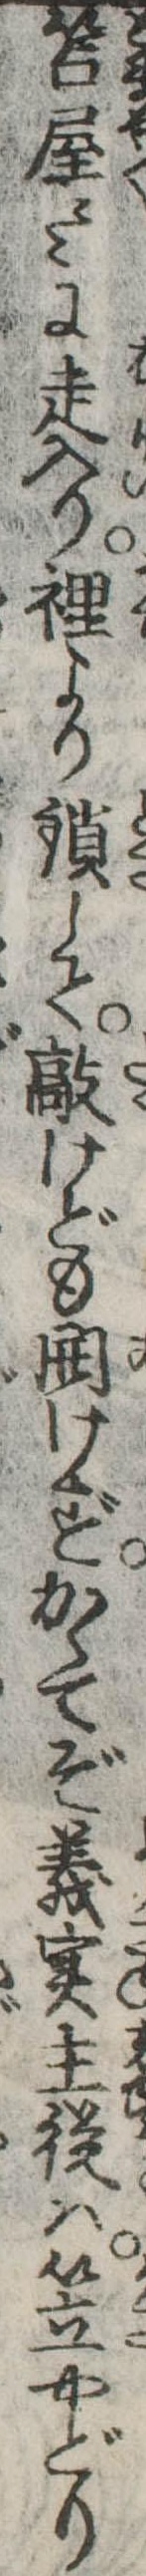
笘屋々々に走入り裏より鎖して敲けども開けずかくてぞ義実主従は笠やどり